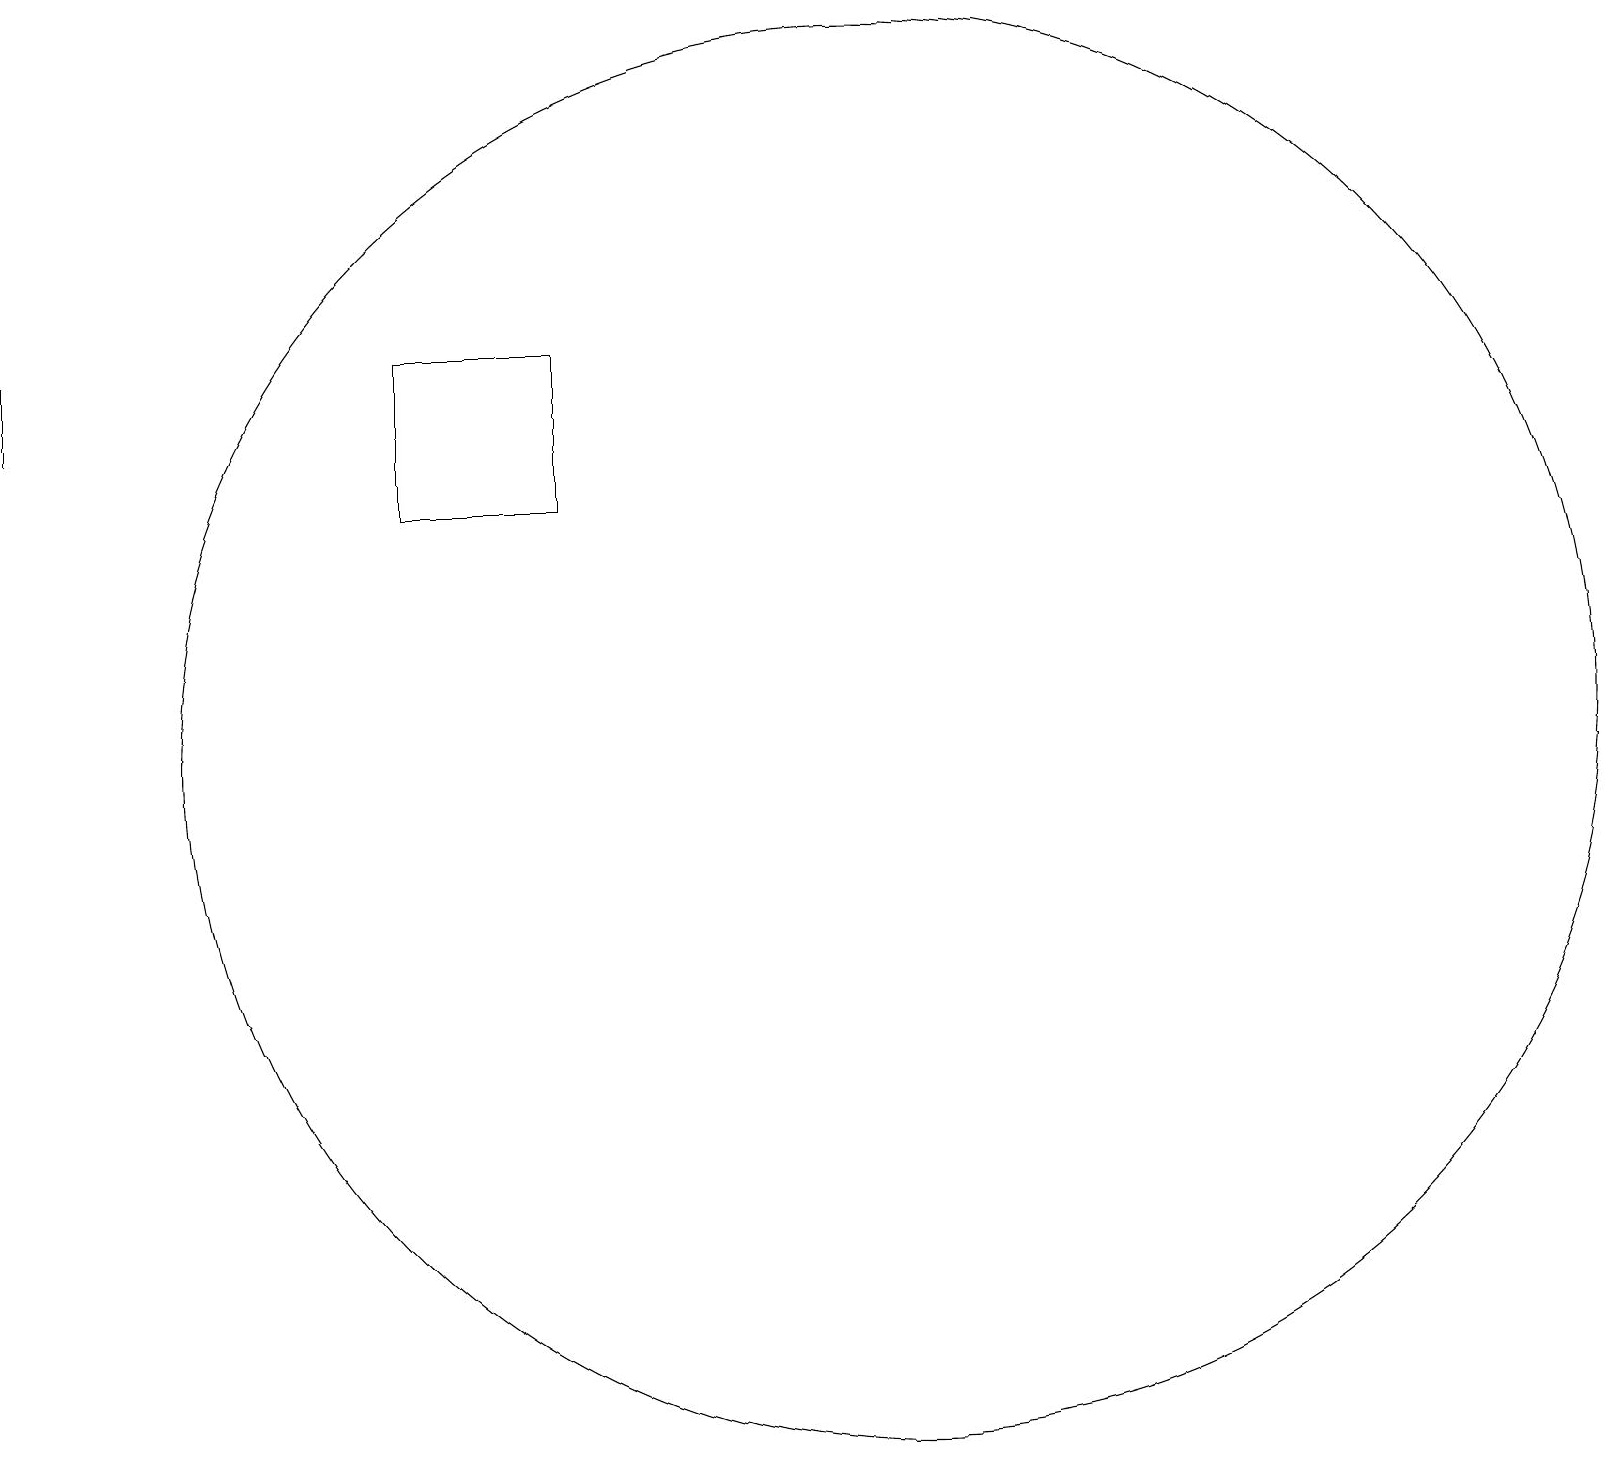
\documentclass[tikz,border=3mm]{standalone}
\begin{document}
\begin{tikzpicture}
\draw (11,11) circle (9);
\draw (5,14) rectangle (7,16);
\draw (0,15) rectangle (0,16);
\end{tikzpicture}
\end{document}